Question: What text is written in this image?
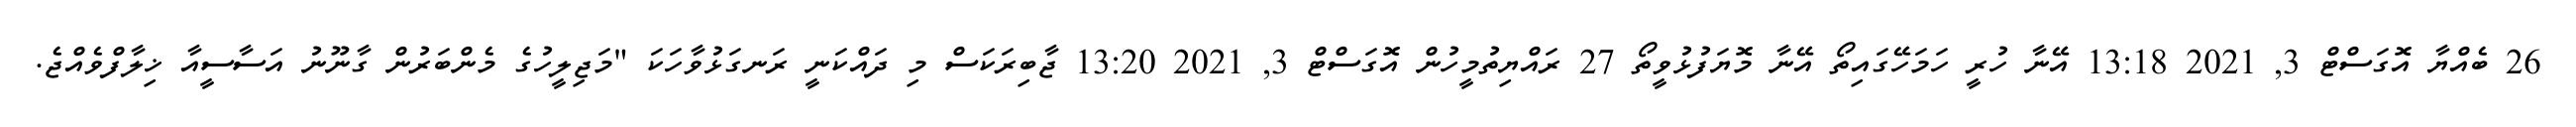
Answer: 26 ބެއްޔާ އޮގަސްޓް 3, 2021 13:18 އޭނާ ހުރީ ހަމަހޭގައިތޯ އޭނާ މޮޔަފުޅުވީތޯ 27 ރައްޔިތުމީހުން އޮގަސްޓް 3, 2021 13:20 ޖާބިރަކަސް މި ދައްކަނީ ރަނގަޅުވާހަކަ "މަޖިލީހުގެ މެންބަރުން ގާނޫނު އަސާސީއާ ޚިލާފްވެއްޖެ.